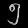
Digit: ၅